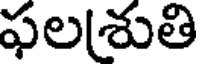
ఫల(శుతి